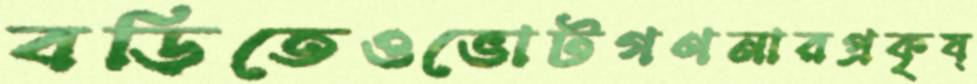
বড়িতেওভোটগণনারপ্রকৃষ্